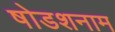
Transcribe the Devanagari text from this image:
षोडशनाम